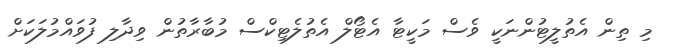
މި ތިން އެތުލީޓުންނަކީ ވެސް މަކީޓާ އެޓޯލް އެތުލެޓިކްސް މުބާރާތުން ވިދާލި ފުވައްމުލަކަށް